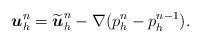
LaTeX: \begin{align*} \boldsymbol{u}_h^n=\widetilde{\boldsymbol{u}}_h^n-\nabla (p_h^{n}-p_h^{n-1}). \end{align*}